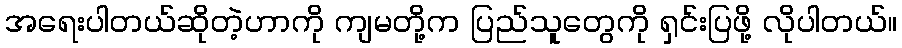
အရေးပါတယ်ဆိုတဲ့ဟာကို ကျမတို့က ပြည်သူတွေကို ရှင်းပြဖို့ လိုပါတယ်။